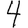
Digit: 4